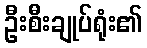
ဦးစီးချုပ်ရုံး၏